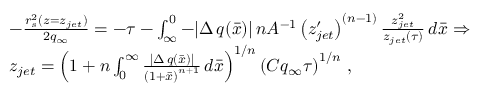
\begin{array} { r l } & { - \frac { r _ { s } ^ { 2 } ( z = z _ { j e t } ) } { 2 q _ { \infty } } = - \tau - \int _ { \infty } ^ { 0 } - | \Delta \, q ( \bar { x } ) | \, n A ^ { - 1 } \left( z _ { j e t } ^ { \prime } \right) ^ { ( n - 1 ) } \frac { z _ { j e t } ^ { 2 } } { z _ { j e t } ( \tau ) } \, d \bar { x } \Rightarrow } \\ & { z _ { j e t } = \left( 1 + n \int _ { 0 } ^ { \infty } \frac { | \Delta \, q ( \bar { x } ) | } { \left( 1 + \bar { x } \right) ^ { n + 1 } } \, d \bar { x } \right) ^ { 1 / n } \left( C q _ { \infty } \tau \right) ^ { 1 / n } \, , } \end{array}